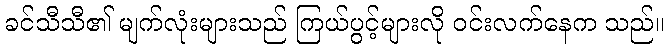
ခင်သီသီ၏ မျက်လုံးများသည် ကြယ်ပွင့်များလို ဝင်းလက်နေက သည်။